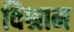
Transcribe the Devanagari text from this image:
विश्राम